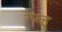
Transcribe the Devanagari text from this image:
ग्फ्ह्